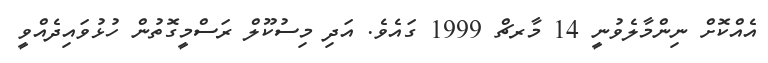
އެއްކޮށް ނިންމާލެވުނީ 14 މާރޗް 1999 ގައެވެ. އަދި މިސުކޫލް ރަސްމީގޮތުން ހުޅުވައިދެއްވީ